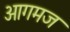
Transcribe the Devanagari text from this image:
आगमज